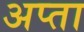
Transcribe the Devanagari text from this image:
अप्ता